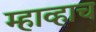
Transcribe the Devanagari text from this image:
म्हाव्हाच